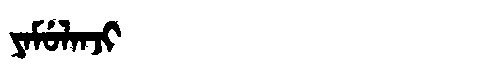
Manchu: ᠶᠠᠮᡠᠯᠠᠨᠵᡳ
Romanization: YAMULANJI